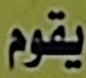
يقوم